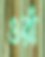
ওরাঁ